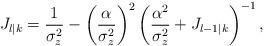
LaTeX: \begin{align*}J_{l|k}=\frac{1}{\sigma_z^2}-\left(\frac{\alpha}{\sigma_z^2}\right)^2\left(\frac{\alpha^2}{\sigma_z^2}+J_{l-1|k}\right)^{-1},\end{align*}